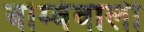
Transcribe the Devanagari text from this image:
बॉम्बेवाली